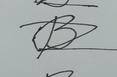
Signature authenticity: forged